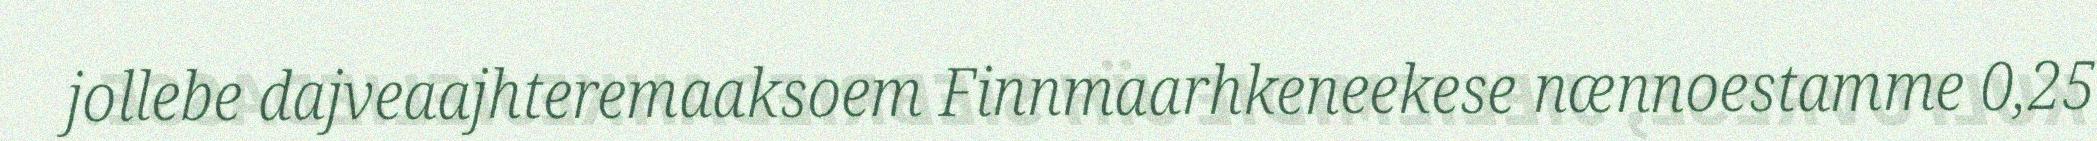
jollebe dajveaajhteremaaksoem Finnmaarhkeneekese nænnoestamme 0,25